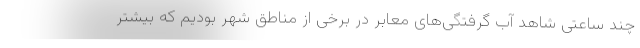
چند ساعتی شاهد آب گرفتگی‌های معابر در برخی از مناطق شهر بودیم که بیشتر